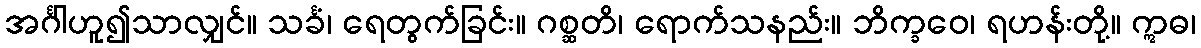
အင်္ဂါဟူ၍သာလျှင်။ သင်္ခံ၊ ရေတွက်ခြင်း။ ဂစ္ဆတိ၊ ရောက်သနည်း။ ဘိက္ခဝေ၊ ရဟန်းတို့။ ဣဓ၊